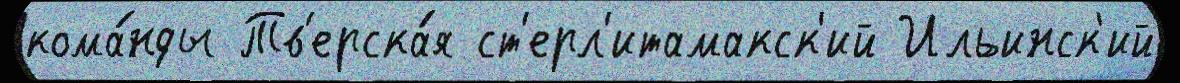
кома́нды Тв'ерска́я ст'ерл'итамакск'ий Ильинск'ий